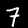
Label: 7